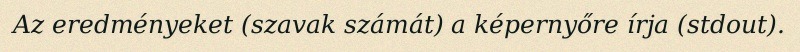
Az eredményeket (szavak számát) a képernyőre írja (stdout).